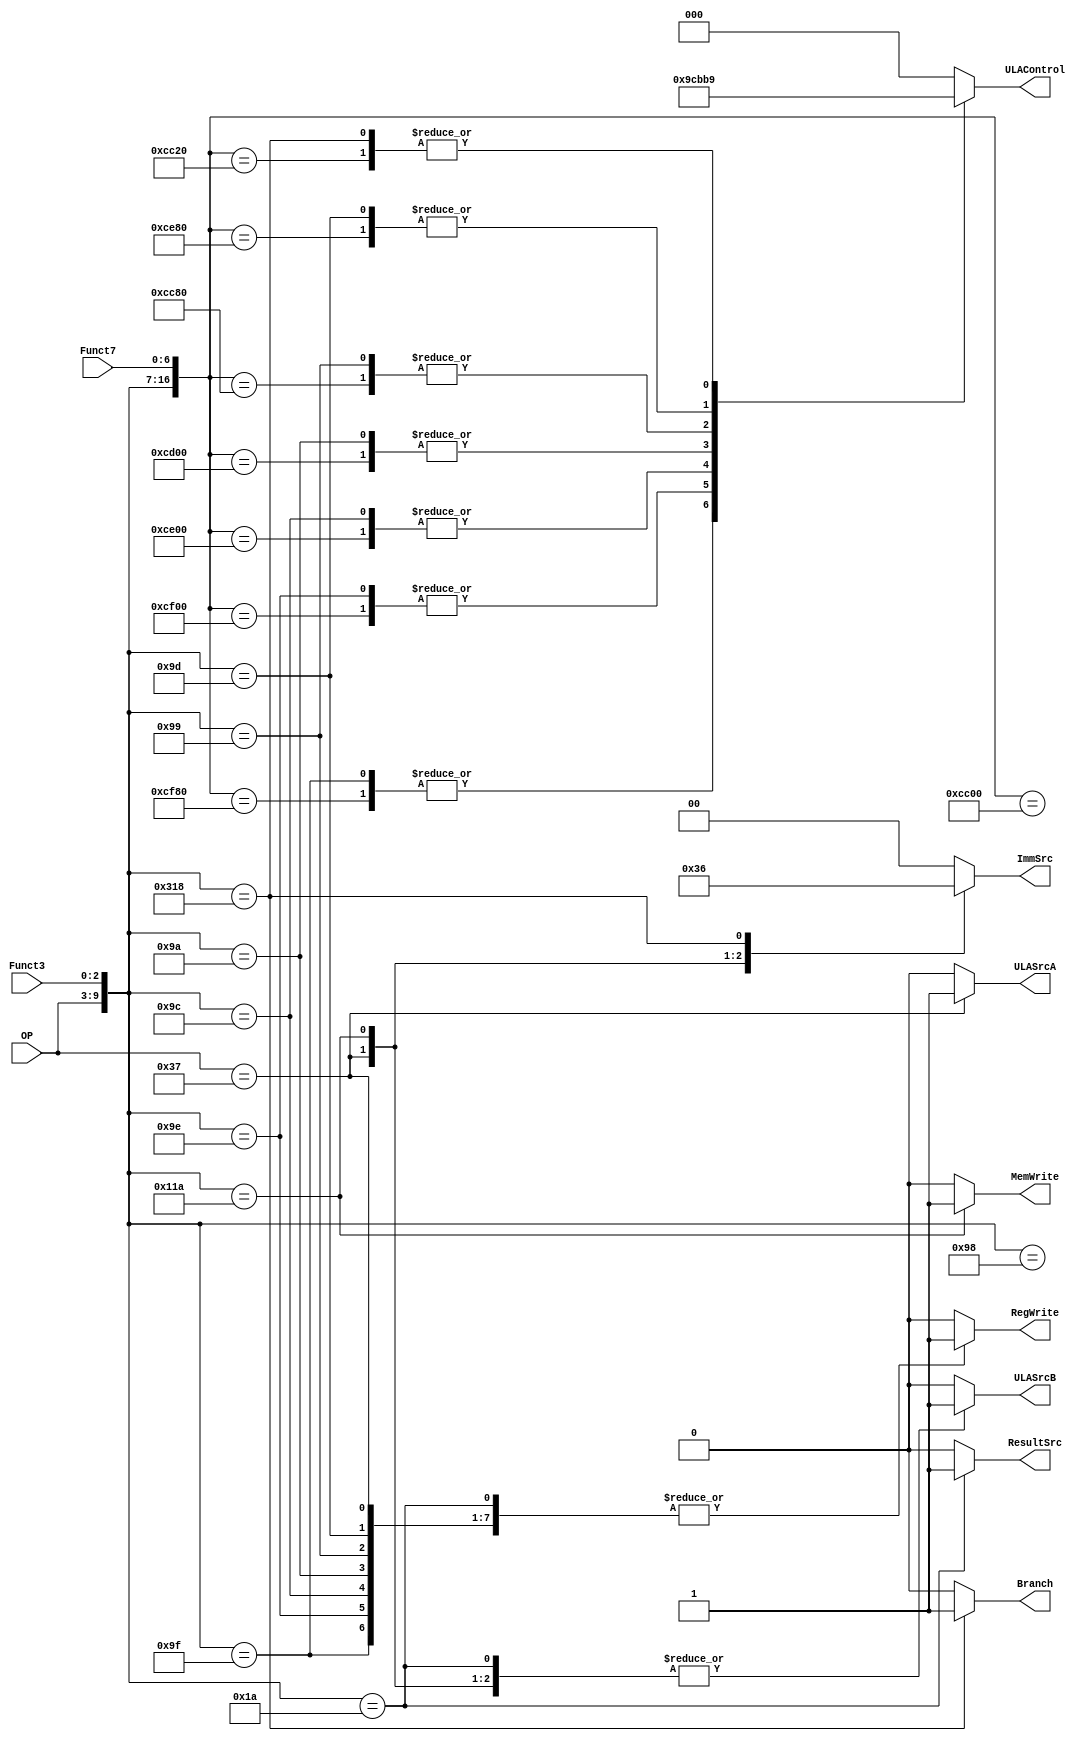
module ControlUnit (// Entradas
					input [6:0] OP, 
					input [6:0] Funct7, 
			        input [2:0] Funct3, 
						  
					// Sadas
				    output reg RegWrite, 
					output reg ULASrcA, 
				    output reg ULASrcB, 
				    output reg [2:0] ULAControl,
					output reg [1:0] ImmSrc,
					output reg MemWrite,
					output reg ResultSrc,
					output reg Branch
					);

    wire [16:0] word; 
    assign word = {OP, Funct3, Funct7};
      
	always @ (*) begin
        casez(word)
			// ---------- Type R ----------
			17'b0110011_000_0000000: // ADD
			begin
				RegWrite = 1;
				ULASrcA = 0;
				ULASrcB = 0;
				ULAControl = 3'b000;
				ImmSrc = 2'b00;
			    MemWrite = 0;
			    ResultSrc = 0;
				Branch = 0;
			end
			
			17'b0110011_000_0100000: // SUB
			begin
				RegWrite = 1;
				ULASrcA = 0;
				ULASrcB = 0;
				ULAControl = 3'b001;
				ImmSrc = 2'b00;
				MemWrite = 0;
			    ResultSrc = 0;
				Branch = 0;
			end
			
			17'b0110011_111_0000000: // AND
			begin
				RegWrite = 1;
				ULASrcA = 0;
				ULASrcB = 0;
				ULAControl = 3'b010;
				ImmSrc = 2'b00;
				MemWrite = 0;
			    ResultSrc = 0;
				Branch = 0;
			end
			
			17'b0110011_110_0000000: // OR
			begin
				RegWrite = 1;
				ULASrcA = 0;
				ULASrcB = 0;
				ULAControl = 3'b011;
				ImmSrc = 2'b00;
				MemWrite = 0;
			    ResultSrc = 0;
				Branch = 0;
			end
			
			17'b0110011_100_0000000: // XOR
			begin
				RegWrite = 1;
				ULASrcA = 0;
				ULASrcB = 0;
				ULAControl = 3'b100;
				ImmSrc = 2'b00;
				MemWrite = 0;
			    ResultSrc = 0;
				Branch = 0;
			end
			
			17'b0110011_010_0000000: // SLT
			begin
				RegWrite = 1;
				ULASrcA = 0;
				ULASrcB = 0;
				ULAControl = 3'b101;
				ImmSrc = 2'b00;
				MemWrite = 0;
			    ResultSrc = 0;
				Branch = 0;
			end

			17'b0110011_001_0000000: // SLL
			begin
				RegWrite = 1;
				ULASrcA = 0;
				ULASrcB = 0;
				ULAControl = 3'b110;
				ImmSrc = 2'b00;
			    MemWrite = 0;
			    ResultSrc = 0;
				Branch = 0;
			end

			17'b0110011_101_0000000: // SLR
			begin
				RegWrite = 1;
				ULASrcA = 0;
				ULASrcB = 0;
				ULAControl = 3'b111;
				ImmSrc = 2'b00;
			    MemWrite = 0;
			    ResultSrc = 0;
				Branch = 0;
			end
			
			// ---------- Type I ----------
			17'b0010011_000_zzzzzzz: // ADDI
			begin
				RegWrite = 1;
				ULASrcA = 0;
				ULASrcB = 1;
				ULAControl = 3'b000;
				ImmSrc = 2'b00;
				MemWrite = 0;
			    ResultSrc = 0;
				Branch = 0;
			end

			17'b0010011_111_zzzzzzz: // ANDI
			begin
				RegWrite = 1;
				ULASrcA = 0;
				ULASrcB = 1;
				ULAControl = 3'b010;
				ImmSrc = 2'b00;
				MemWrite = 0;
			    ResultSrc = 0;
				Branch = 0;
			end

			17'b0010011_110_zzzzzzz: // ORI
			begin
				RegWrite = 1;
				ULASrcA = 0;
				ULASrcB = 1;
				ULAControl = 3'b011;
				ImmSrc = 2'b00;
				MemWrite = 0;
			    ResultSrc = 0;
				Branch = 0;
			end

			17'b0010011_100_zzzzzzz: // XORI
			begin
				RegWrite = 1;
				ULASrcA = 0;
				ULASrcB = 1;
				ULAControl = 3'b100;
				ImmSrc = 2'b00;
				MemWrite = 0;
			    ResultSrc = 0;
				Branch = 0;
			end

			17'b0010011_010_zzzzzzz: // SLTI
			begin
				RegWrite = 1;
				ULASrcA = 0;
				ULASrcB = 1;
				ULAControl = 3'b101;
				ImmSrc = 2'b00;
				MemWrite = 0;
			    ResultSrc = 0;
				Branch = 0;
			end

			17'b0010011_001_zzzzzzz: // SLLI
			begin
				RegWrite = 1;
				ULASrcA = 0;
				ULASrcB = 1;
				ULAControl = 3'b110;
				ImmSrc = 2'b00;
				MemWrite = 0;
			    ResultSrc = 0;
				Branch = 0;
			end

			17'b0010011_101_zzzzzzz: // SLRI
			begin
				RegWrite = 1;
				ULASrcA = 0;
				ULASrcB = 1;
				ULAControl = 3'b111;
				ImmSrc = 2'b00;
				MemWrite = 0;
			    ResultSrc = 0;
				Branch = 0;
			end
			
			17'b0000011_010_zzzzzzz:  // LW
			begin
				RegWrite = 1;
				ULASrcA = 0;
				ULASrcB = 1;
				ULAControl = 3'b000;
				ImmSrc = 2'b00;
				MemWrite = 0;
			    ResultSrc = 1;
				Branch = 0;
			end

			// ---------- Type U ----------
			17'b0110111_zzz_zzzzzzz: // LUI
			begin
				RegWrite = 1;
				ULASrcA = 1;
				ULASrcB = 1;
				ULAControl = 3'b000;
				ImmSrc = 2'b11;
				MemWrite = 0;
			    ResultSrc = 0;
				Branch = 0;
			end
			
			// ---------- Type S ----------
			17'b0100011_010_zzzzzzz:  // SW
			begin
				RegWrite = 0;
				ULASrcA = 0;
				ULASrcB = 1;
				ULAControl = 3'b000;
				ImmSrc = 2'b01;
				MemWrite = 1;
				ResultSrc = 0;
				Branch = 0;
			end
			
			// ---------- Type B ----------
			17'b1100011_000_zzzzzzz: // BEQ
			begin
				RegWrite = 0;
				ULASrcA = 0;
				ULASrcB = 0;
				ULAControl = 3'b001;
				ImmSrc = 2'b10;
				MemWrite = 0;
				ResultSrc = 0;
				Branch = 1;
			end
			
			default:
			begin
				RegWrite = 0;
				ULASrcA = 0;
				ULASrcB = 0;
				ULAControl = 3'b000;
				ImmSrc = 2'b00;
				MemWrite = 0;
			    ResultSrc = 0;
				Branch = 0;
			end
			
		endcase
	end

endmodule